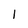
Character: 1